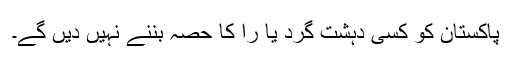
پاکستان کو کسی دہشت گرد یا را کا حصہ بننے نہیں دیں گے۔